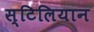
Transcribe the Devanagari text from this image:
स्टिलियान